Annual report on the Civil Veterinary Department, Burma (including the Insein Veterinary School) - 1910-1922
Year: 1910
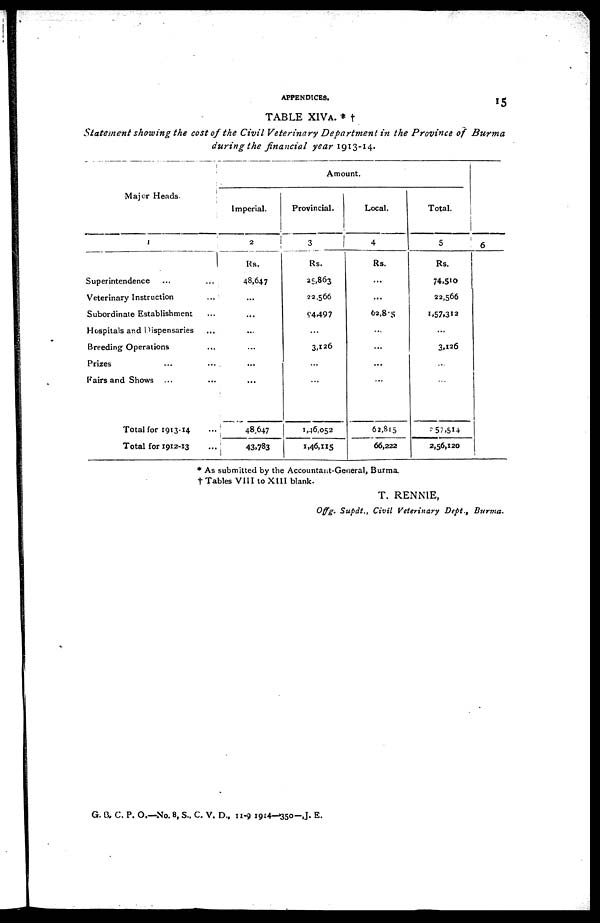
APPENDICES.
15
TABLE XIVA. * †
Statement showing the cost of the Civil Veterinary Department in the Province of
Burma
during the financial year 1913-14.
Major Heads.
1
Superintendence ... ...
Veterinary Instruction ...
Subordinate Establishment ...
Hospitals and Dispensaries ...
Breeding Operations ...
Prizes ... ...
Fairs and Shows ... ...
Total for 1913-14 ...
Total for 1912-13 ...
Amount.
Imperial.
2
Rs.
48,647
...
...
...
...
...
...
48,647
43,783
Provincial.
3
Rs.
25,863
22,566
94,497
...
3,126
...
...
1,46,052
1,46,115
Local.
4
Rs.
...
...
62,815
...
...
...
...
62,815
66,222
Total.
5
Rs.
74,510
22,566
1,57,312
...
3,126
...
...
257,514
2,56,120
6
* As submitted by the Accountant-General, Burma.
† Tables VIII to XIII blank.
T. RENNIE,
Offg. Supdt., Civil Veterinary Dept., Burma.
G. B. C. P. O.—No. 8, S., C. V. D., 11-9 1914-350-,J. E.